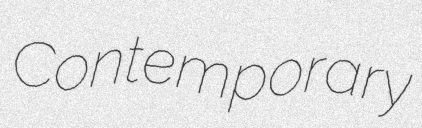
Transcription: Contemporary